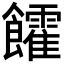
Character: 𩟯